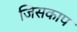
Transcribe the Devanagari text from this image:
जिसकाप